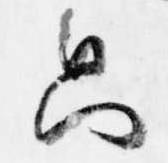
只